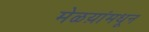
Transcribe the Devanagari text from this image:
मेळय़ांमधून